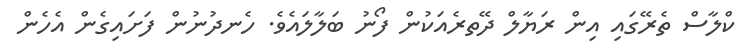
ކްލާސް ތެރޭގައި އިން ރަޔާލް ދޭތރެއަކުން ފޯނު ބަލާލައެވެ. ހެނދުނުން ފަށައިގެން އެހެން